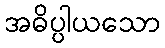
အဓိပ္ပါယသော